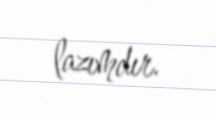
lazımdır.